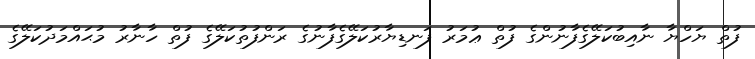
ފުތް ޔަހްޔާ ނާއިބުކަލޭގެފާނުންގެ ފުތް ޢުމަރު ފަނޑިޔާރުކަލޭގެފާނުގެ ރަންފުތުކަލޭގެ ފުތް ހާނާރު މުޙައްމަދުކަލޭގެ